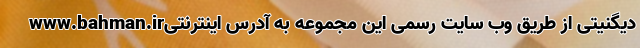
دیگنیتی از طریق وب سایت رسمی این مجموعه به آدرس اینترنتیwww.bahman.ir